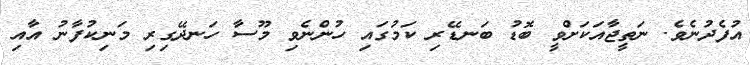
އުފެދުނެވެ. ނަތީޖާއަކަށްވީ ބޮޑު ބަނޑޭރި ކަމުގައި ހުންނެވި މޫސާ ހަނދޭގިރި މަނިކުފާނު އާއި